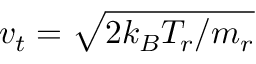
v _ { t } = \sqrt { 2 k _ { B } T _ { r } / m _ { r } }